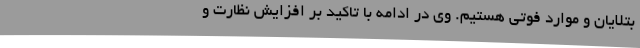
بتلایان و موارد فوتی هستیم. وی در ادامه با تاکید بر افزایش نظارت و